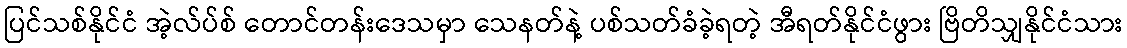
ပြင်သစ်နိုင်ငံ အဲ့လ်ပ်စ် တောင်တန်းဒေသမှာ သေနတ်နဲ့ ပစ်သတ်ခံခဲ့ရတဲ့ အီရတ်နိုင်ငံဖွား ဗြိတိသျှနိုင်ငံသား